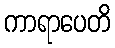
ကာရာပေတိ